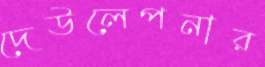
দেউলেপনার